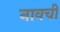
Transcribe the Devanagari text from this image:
नावची